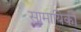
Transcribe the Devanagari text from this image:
सामायिकी